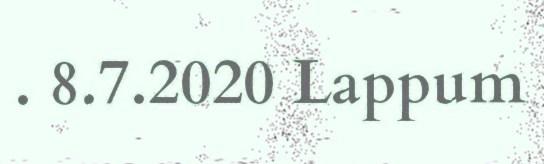
. 8.7.2020 Lappum